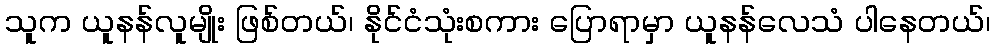
သူက ယူနန်လူမျိုး ဖြစ်တယ်၊ နိုင်ငံသုံးစကား ပြောရာမှာ ယူနန်လေသံ ပါနေတယ်၊